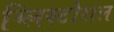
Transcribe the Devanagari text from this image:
ग्लिस्टोराल